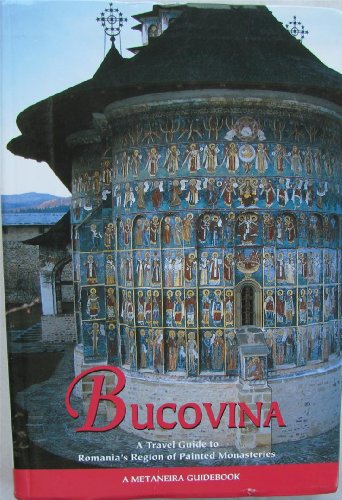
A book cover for Bucovina: A Travel Guide to Romania's Region of Painted Monasteries; Travel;